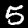
Digit: 5